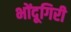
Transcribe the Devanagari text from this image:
भोंदूगिरी